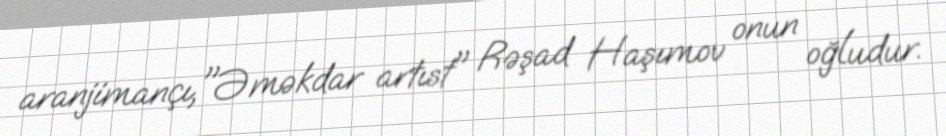
aranjimançı,"Əməkdar artıst" Rəşad Haşımov onun oğludur.